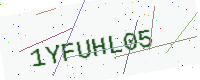
Text: 1YFUHL05